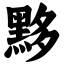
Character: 黟